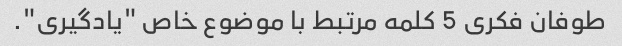
طوفان فکری 5 کلمه مرتبط با موضوع خاص "یادگیری".